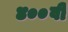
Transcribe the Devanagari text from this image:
४००वी